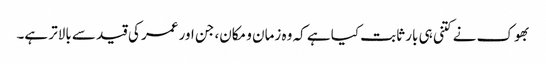
بھوک نے کتنی ہی بار ثابت کیا ہے کہ وہ زمان و مکان، جن اور عمر کی قید سے بالاتر ہے۔